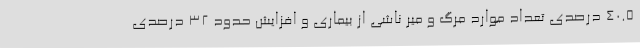
۴۰.۵ درصدی تعداد موارد مرگ و میر ناشی از بیماری و افزایش حدود ۳۲ درصدی